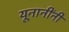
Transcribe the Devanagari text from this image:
यूनानींनी